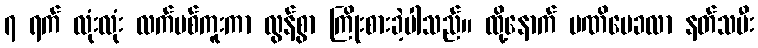
၇ ရက် လုံးလုံး လက်ပစ်ကူးကာ လွန်စွာ ကြိုးစားခဲ့ပါသည်။ ထို့နောက် မဏိမေခလာ နတ်သမီး